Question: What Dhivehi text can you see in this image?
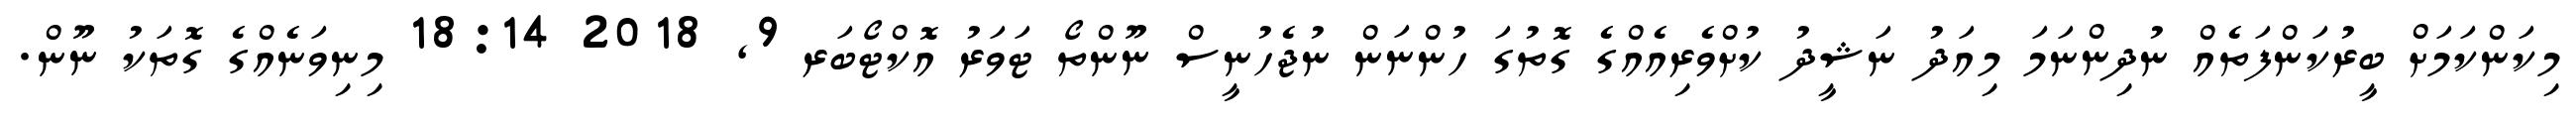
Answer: މިކަންކަމަށް ބީރުކަންފަތެއް ނުދިންނަމަ މިއަދު ނަޝީދު ކުށްވެރިއެއްގެ ގޮތުގަ ހުންނަން ނުޖެހުނީސް ނޫންތޯ ޓަވަރު އޮކްޓޯބަރ 9, 2018 18:14 މިނިވަނެއްގެ ގޮތަކު ނޫން.